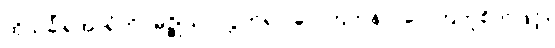
ထိုသင်္ခါရအာရုံကို။ မုဉ္စိုယ။ လွှတ်၍။ ဂေါတြဘုနာ၊ ဂေါတြဘူစိတ်ဖြင့်။